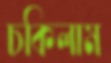
চকিলাম